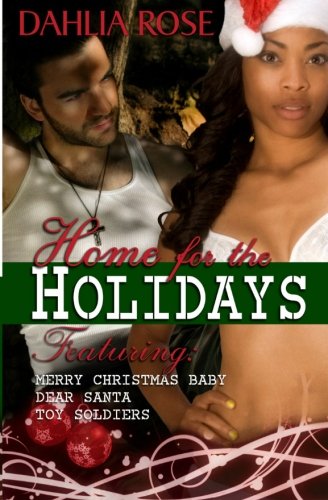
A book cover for Home for the Holidays; Dahlia Rose; Romance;